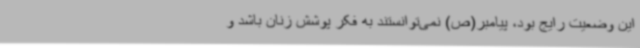
این وضعیت رایج بود، پیامبر(ص) نمی‌توانستند به فکر پوشش زنان باشد و